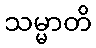
သမ္မာတိ